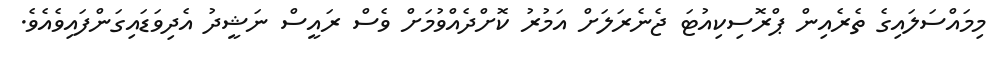
މިމައްސަލައިގެ ތެރެއިން ޕްރޮސިކިއުޓަ ޖެނެރަލަށް އަމުރު ކޮށްދެއްވުމަށް ވެސް ރައީސް ނަޝީދު އެދިވަޑައިގަންފައިވެއެވެ.